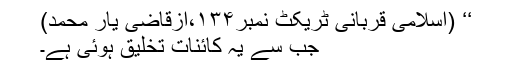
‘‘ (اسلامی قربانی ٹریکٹ نمبر۱۳۴،ازقاضی یار محمد)
جب سے یہ کائنات تخلیق ہوئی ہے۔